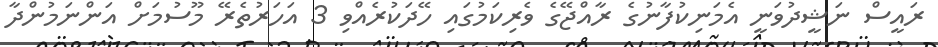
ރައީސް ނަޝީދުވަނީ އެމަނިކުފާނުގެ ރާއްޖޭގެ ވެރިކަމުގައި ހޭދަކުރެއްވި 3 އަހަރުތެރޭ މޫސުމަށް އަންނަމުންދާ